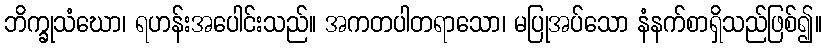
ဘိက္ခုသံဃော၊ ရဟန်းအပေါင်းသည်။ အကတပါတရာသော၊ မပြုအပ်သော နံနက်စာရှိသည်ဖြစ်၍။